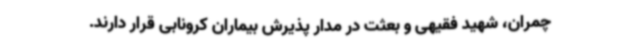
چمران، شهید فقیهی و بعثت در مدار پذیرش بیماران کرونابی قرار دارند.